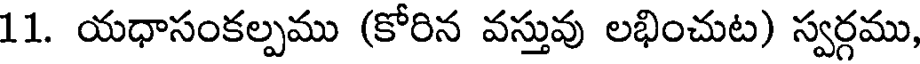
11. యధాసంకల్పము (కోరిన వస్తువు లభించుట) స్వర్గము,